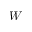
W